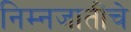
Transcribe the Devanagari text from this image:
निम्नजातींचे